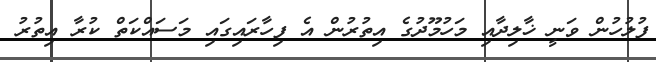
ފުލުހުން ވަނީ ޚާލިދާއި މަހުމޫދުގެ އިތުރުން އެ ފިހާރައިގައި މަސައްކަތް ކުރާ އިތުރު